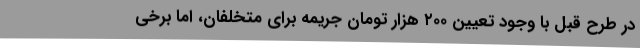
در طرح قبل با وجود تعیین ۲۰۰ هزار تومان جریمه برای متخلفان، اما برخی